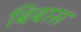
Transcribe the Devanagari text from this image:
बिबास